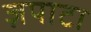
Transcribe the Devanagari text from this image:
ज़पाटा